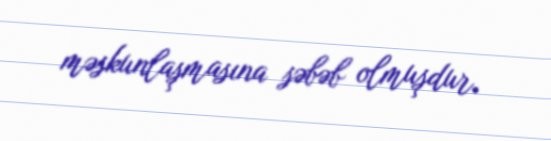
məskunlaşmasına səbəb olmuşdur.